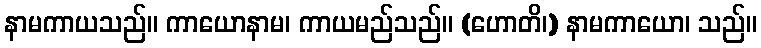
နာမကာယသည်။ ကာယောနာမ၊ ကာယမည်သည်။ (ဟောတိ၊) နာမကာယော၊ သည်။